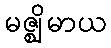
မဇ္ဈိမာယ